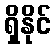
ရှိနိုင်